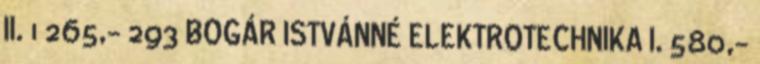
II. 1 265,- 293 BOGÁR ISTVÁNNÉ ELEKTROTECHNIKA I. 580,-